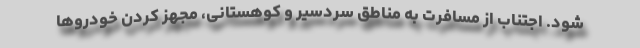
شود. اجتناب از مسافرت به مناطق سردسیر و کوهستانی، مجهز کردن خودروها